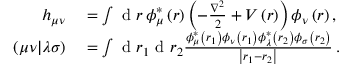
\begin{array} { r l } { h _ { \mu \nu } } & { { } = \int \textrm { d } r \, \phi _ { \mu } ^ { * } \left( r \right) \left( - \frac { \nabla ^ { 2 } } { 2 } + V \left( r \right) \right) \phi _ { \nu } \left( r \right) , } \\ { \left( \mu \nu | \lambda \sigma \right) } & { { } = \int \textrm { d } r _ { 1 } \textrm { d } r _ { 2 } \frac { \phi _ { \mu } ^ { * } \left( r _ { 1 } \right) \phi _ { \nu } \left( r _ { 1 } \right) \phi _ { \lambda } ^ { * } \left( r _ { 2 } \right) \phi _ { \sigma } \left( r _ { 2 } \right) } { \left| r _ { 1 } - r _ { 2 } \right| } \, . } \end{array}